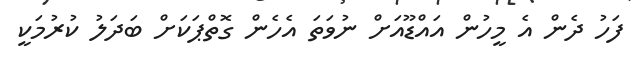
ފަހު ދެން އެ މީހުން އައްޑޫއަށް ނުވަތަ އެހެން ގޮތްޕަކަށް ބަދަލު ކުރުމަކީ